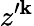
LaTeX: z^{\prime\mathbf{k}}